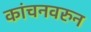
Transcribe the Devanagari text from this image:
कांचनवरुन